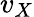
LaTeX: v_{X}